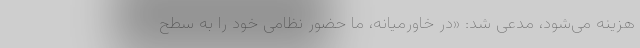
هزینه می‌شود، مدعی شد: «در خاورمیانه، ما حضور نظامی خود را به سطح